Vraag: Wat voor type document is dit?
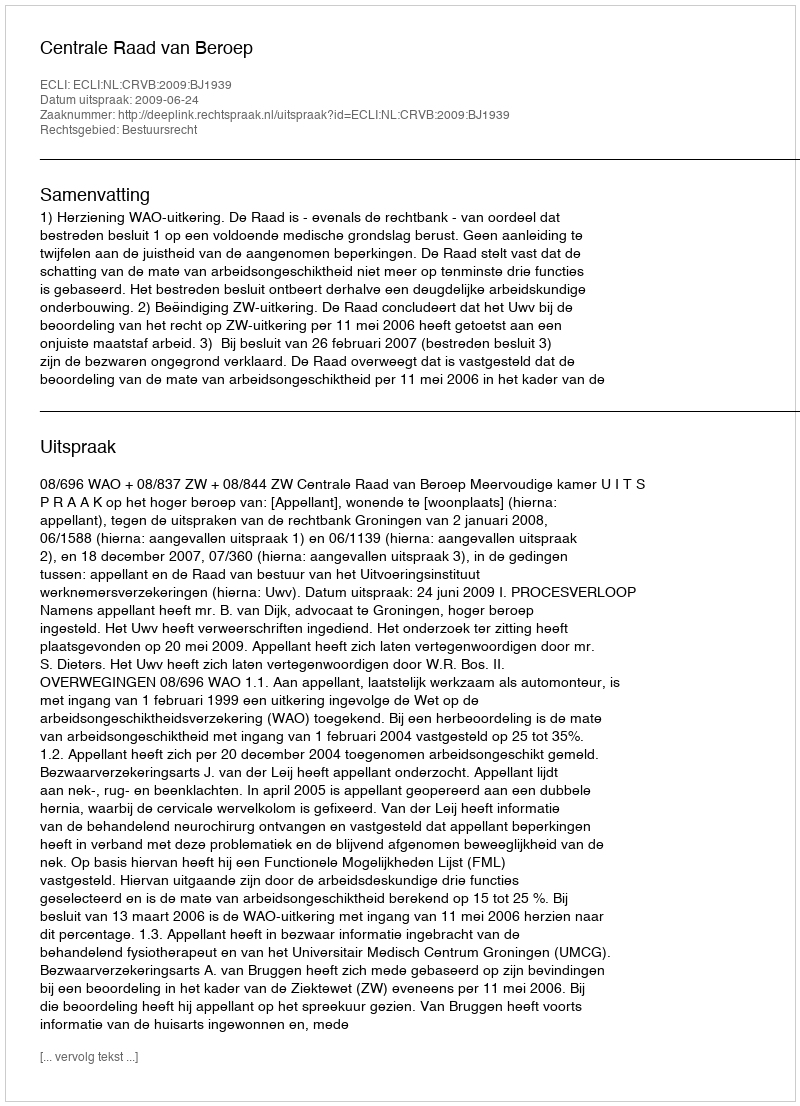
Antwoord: Uitspraak